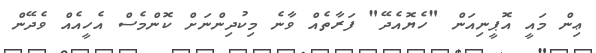
ޢިން މައީ އޮޕީނިއަން "ހެޔޮއެދޭ" ފަރާތެއް ވާނެ މިކުދިންނަށް ކޮންމެސް އެހީއެއް ވެދޭން